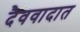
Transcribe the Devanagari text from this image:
दैववादात